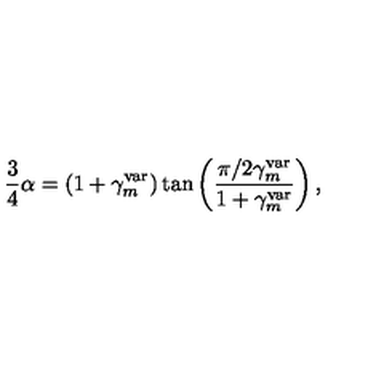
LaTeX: \frac { 3 } { 4 } \alpha = \left( 1 + \gamma _ { m } ^ { \mathrm { v a r } } \right) \tan \left( \frac { \pi / 2 \gamma _ { m } ^ { \mathrm { v a r } } } { 1 + \gamma _ { m } ^ { \mathrm { v a r } } } \right) ,